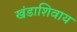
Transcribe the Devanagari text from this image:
खंडाशिवाय